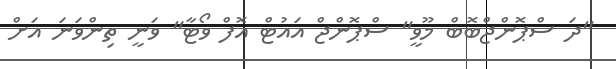
"ދަ ސްޕޮންޖްބޮބް މޫވީ" ސްޕޮންޖް އައުޓް އޮފް ވޯޓާ" ވަނީ ތިންވަނަ އަށް